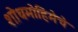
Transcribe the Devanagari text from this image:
शोधमोहिमेचे